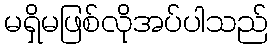
မရှိမဖြစ်လိုအပ်ပါသည်